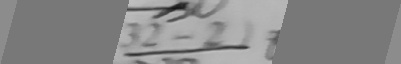
3 2 - 2 1 8